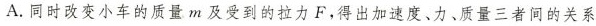
A.同时改变小车的质量m及受到的拉力F，得出加速度、力、质量三者间的关系